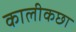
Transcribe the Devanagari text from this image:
कालीकछा